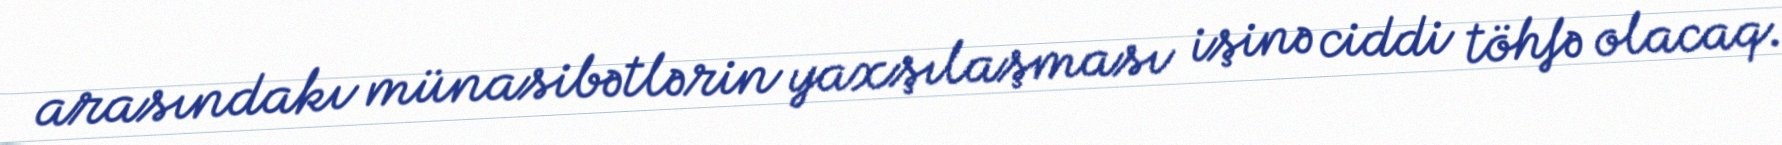
arasındakı münasibətlərin yaxşılaşması işinə ciddi töhfə olacaq.